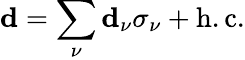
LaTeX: \mathbf{d}=\sum_{\nu}\mathbf{d}_{\nu}\sigma_{\nu}+\mathrm{h.c.}